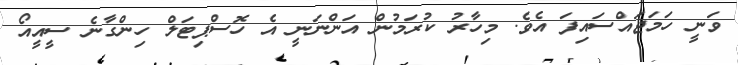
ވަނީ ހަމަޖައްސައިފަ އެވެ. މިހާރު ކުރަމުން އަންނަނީ އެ ހޮސްޕިޓަލް ހިންގާނެ ސީއީއޯ